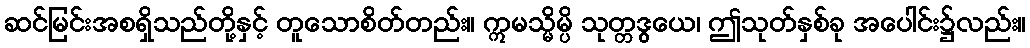
ဆင်မြင်းအစရှိသည်တို့နှင့် တူသောစိတ်တည်း။ ဣမသ္မိမ္ပိ သုတ္တဒွယေ၊ ဤသုတ်နှစ်ခု အပေါင်း၌လည်း။